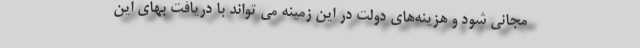
مجانی شود و هزینه‌های دولت در این زمینه می تواند با دریافت بهای این